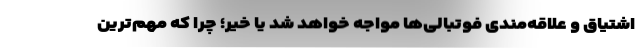
اشتیاق و علاقه‌مندی فوتبالی‌ها مواجه خواهد شد یا خیر؛ چرا که مهم‌ترین